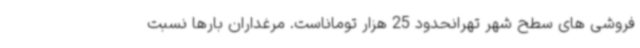
فروشی های سطح شهر تهرانحدود 25 هزار توماناست. مرغداران بارها نسبت